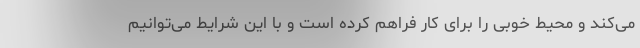
می‌کند و محیط خوبی را برای کار فراهم کرده است و با این شرایط می‌توانیم